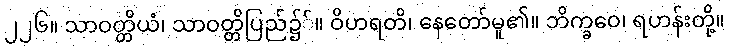
၂၂၆။ သာဝတ္တိယံ၊ သာဝတ္တိပြည်၌်။ ဝိဟရတိ၊ နေတော်မူ၏။ ဘိက္ခဝေ၊ ရဟန်းတို့။